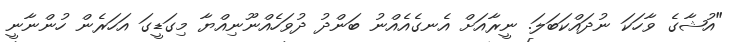
"އުޝާގެ ވާހަކަ ނުދައްކަބަލަ. ނީރާއަށް އެނގެއެއްނު ބަންދު ދުވަހެއްނޫނިއްޔާ މިގަޑީގަ އަހަރެން ހުންނާނީ